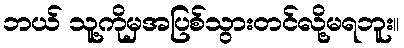
ဘယ် သူ့ကိုမှအပြစ်သွားတင်လို့မရဘူး။